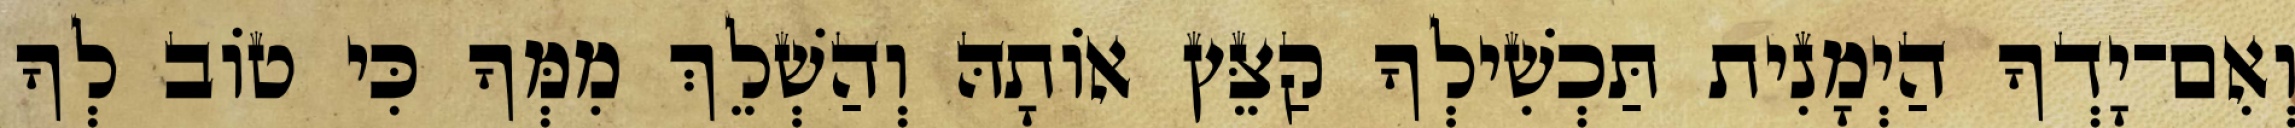
וְאִם־יָדְךָ הַיְמָנִית תַּכְשִׁילְךָ קַצֵּץ אוֹתָהּ וְהַשְׁלֵךְ מִמְּךָ כִּי טוֹב לְךָ